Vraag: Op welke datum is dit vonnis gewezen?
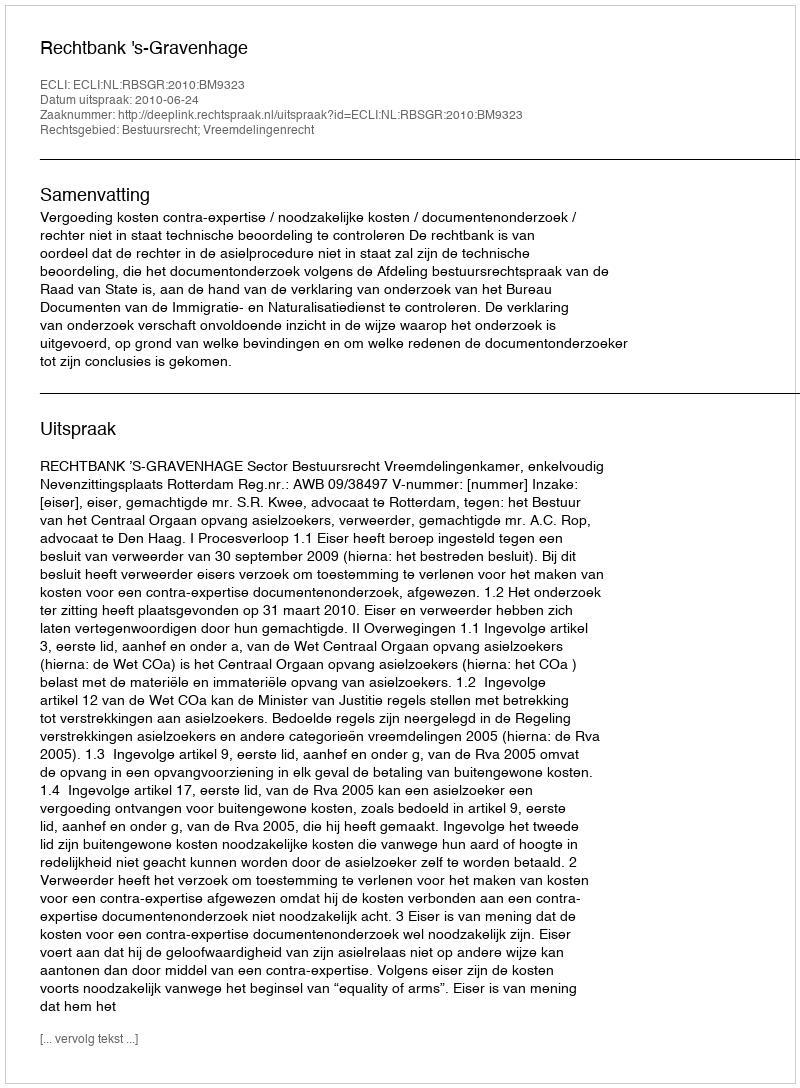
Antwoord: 2010-06-24